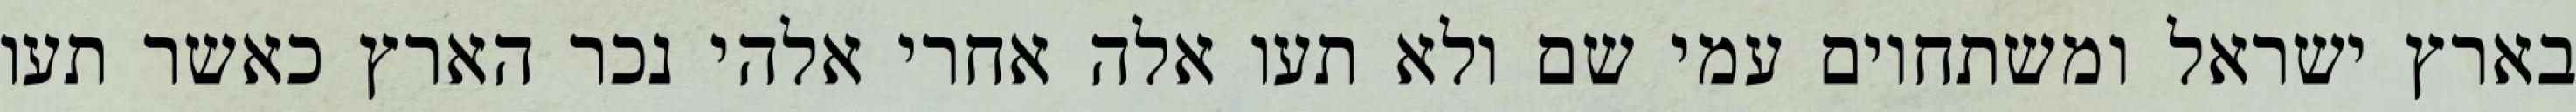
בארץ ישראל ומשתחוים עמי שם ולא תעו אלה אחרי אלהי נכר הארץ כאשר תעו